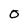
Character: 0